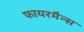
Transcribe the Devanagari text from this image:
फायरमैन्स